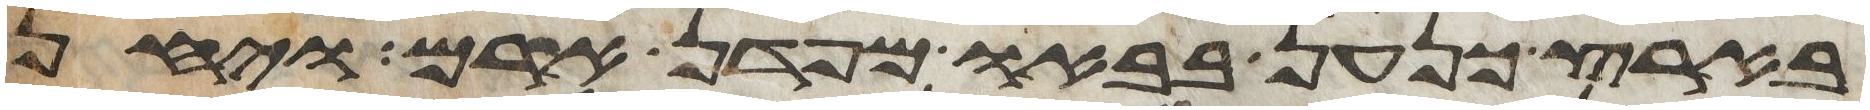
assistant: בארץ כנען בבאו מפדן ארם ויחן